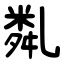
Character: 亃